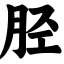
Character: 胫